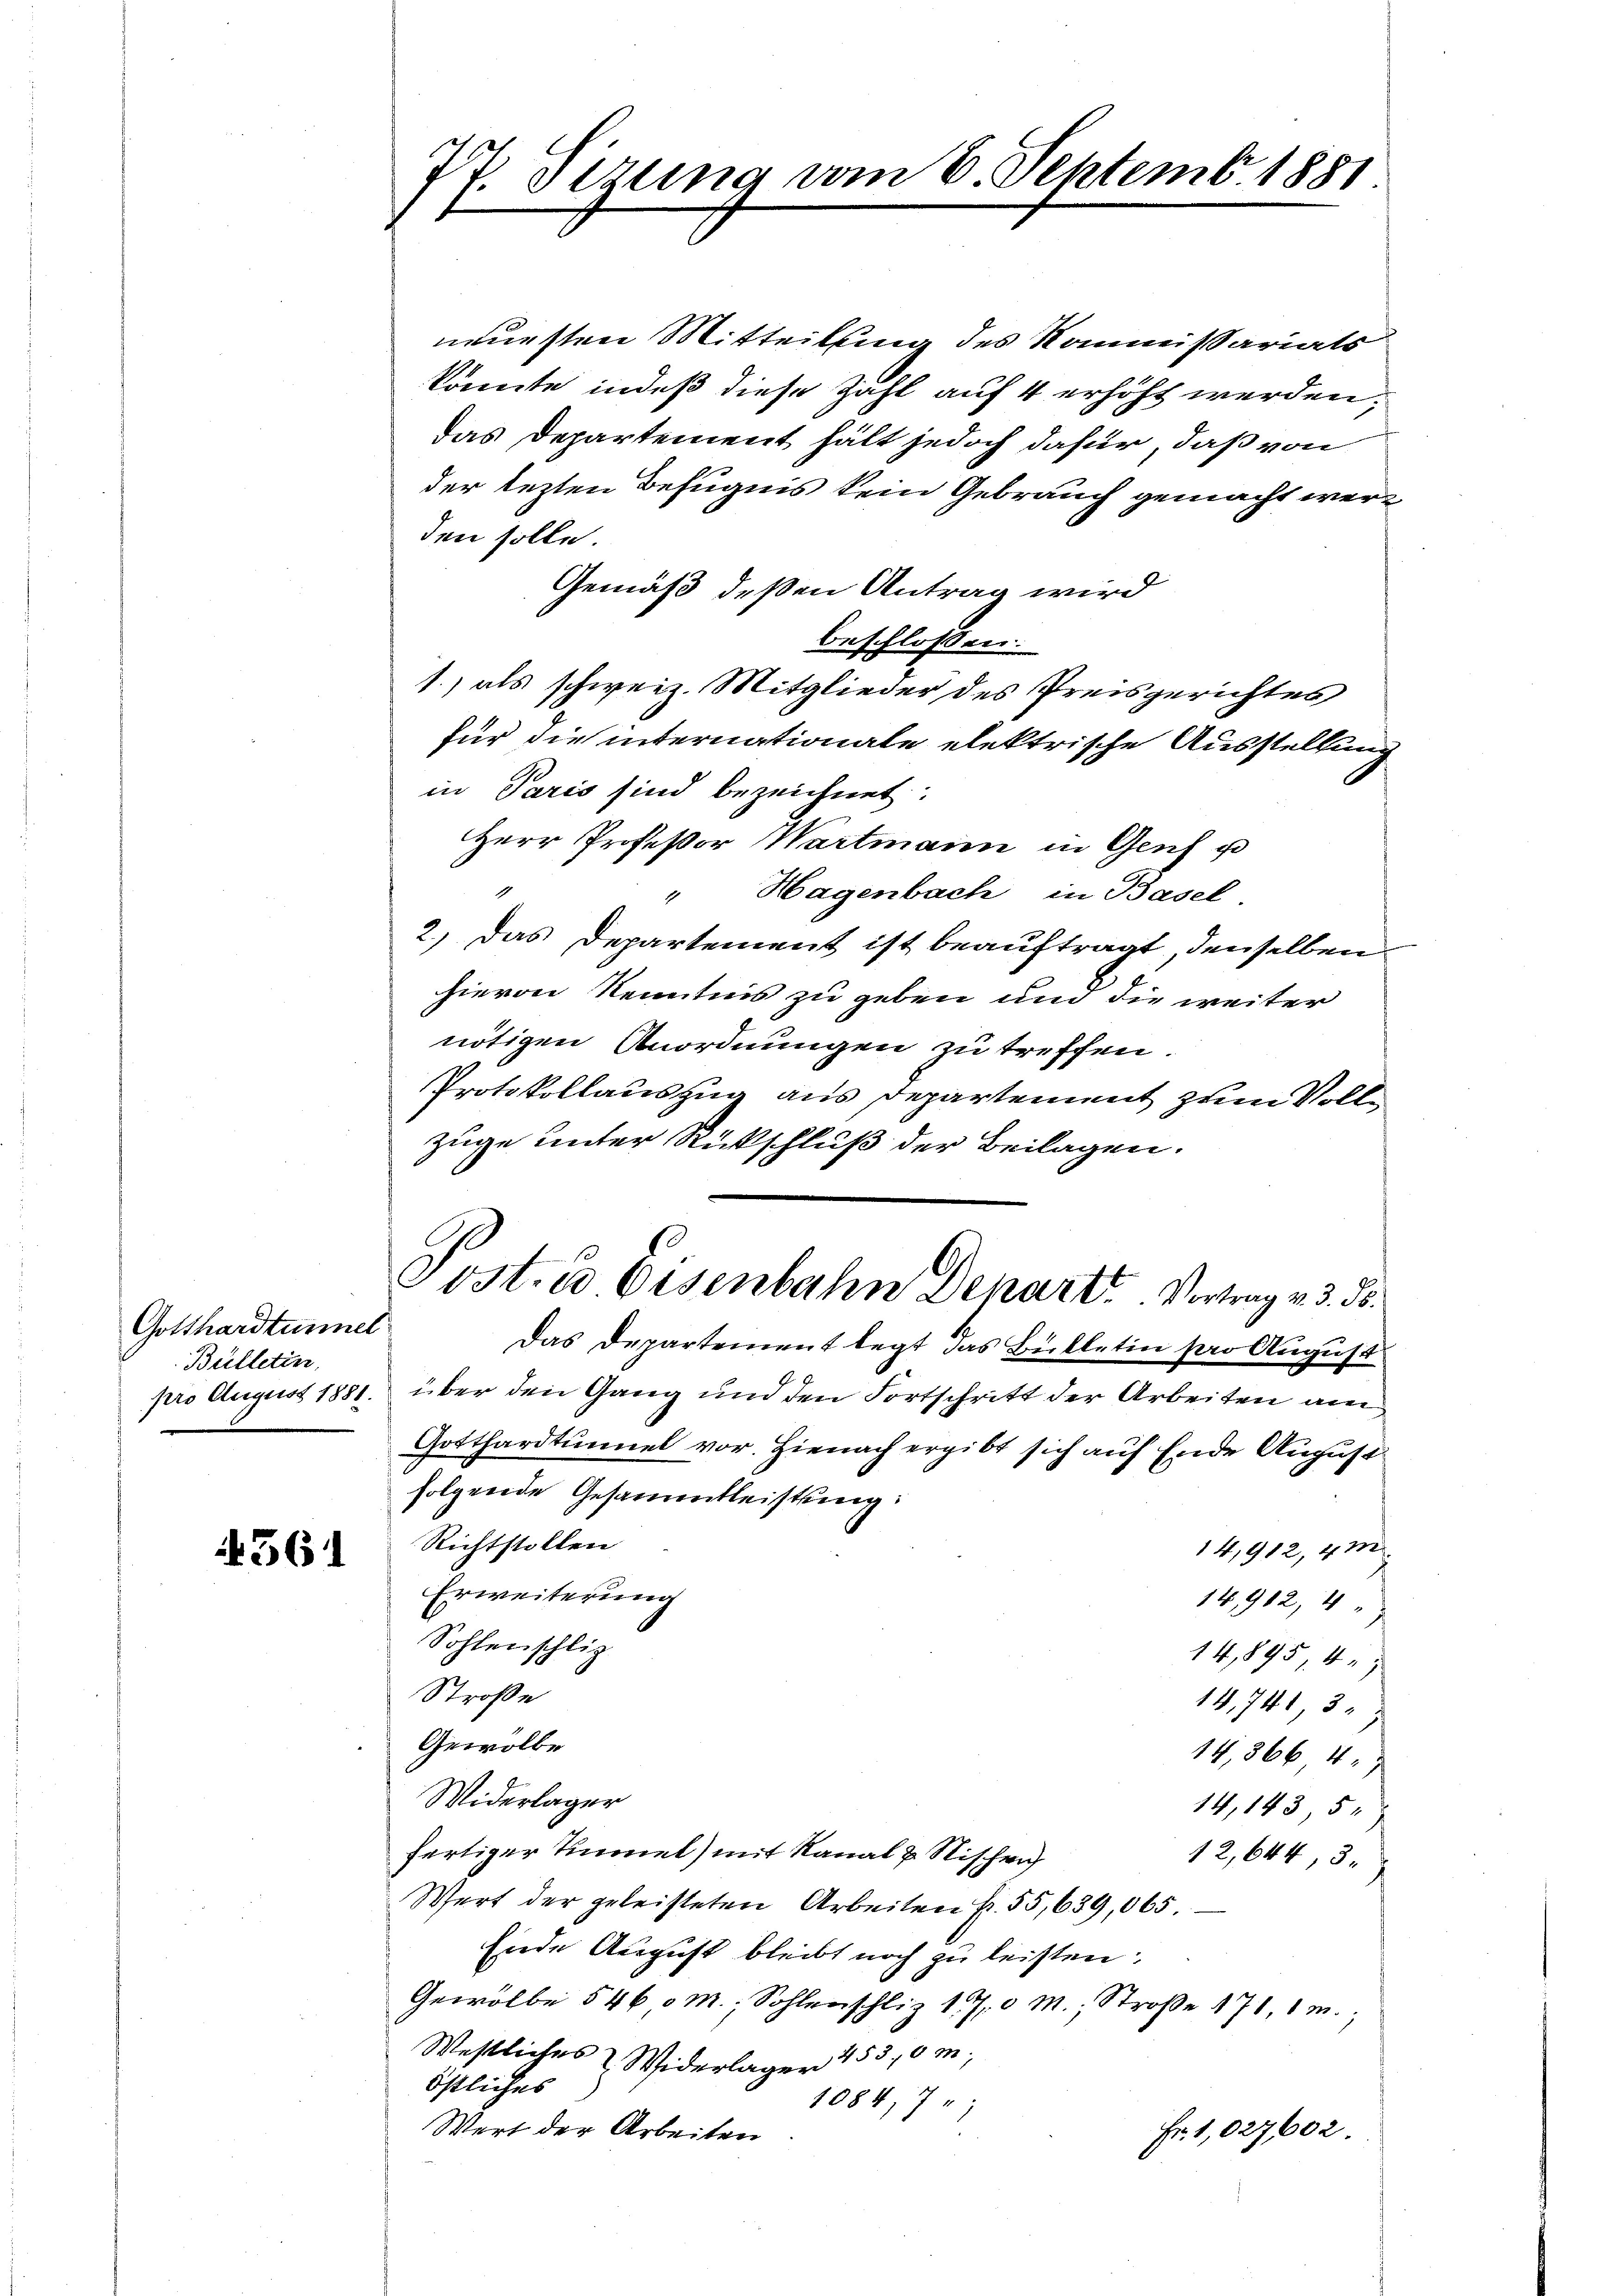
Gotthardtunnel
Bülletin

4561

neuesten Mitteilung des Kommissariats
könnte, indeß diese Zahl auf 4 erhöht werden;
das Departement hält jedoch dafür, daß von
der lezten Befugnis kein Gebrauch gemacht werden solle.
Gemäß deßen Antrag wird
beschlossen:
1.) als schweiz. Mitglieder des Preisgerichtes
für die internationale elektrische Ausstellung
in Paris sind bezeichnet:
Herr Professor Wartmann in Genf p
" Hagenbach in Basel.
2.) Das Departement ist beauftragt, denselben
hievon Kenntnis zu geben und die weiter
nötigen Anordnungen zu treffen.
Protokollauszug aus Departement zum Vollzüge unter Rückschluß der Beilagen.
Post. d Eisenbahn Denart. Vortrag v. 3. 35.
Das Departement legt das Bekletin pro August
pro August 1881. über den Gang und den Fortschritt der Arbeiten am
Gotthardtunnel vor. Hienach ergibt sich auf Ende August
folgende Gesammtleistung:
Richtstollen
14,912, 412
Erweiterung
14,912, 4
Sohlenschliz
14,895, 427
Straße
14,741 35 x
Gewölbe
14,8664. 7
Widerlager
14,143, 52)
fertiger Zimmel) mit Kanal u Nischen
12,644, 3
Wert der geleisteten Arbeiten p. 55,639,065.
Ende August bleibt noch zu leisten:
Gewölbe 546, M., Sohlenschliz 170 M.; Straße 171, 1 m.,
Westliches & Widerlager 453,0m;
östliches
1084,7
Wert der Arbeiten
Fr. 1,027602.

77. Sizung vom 6. Septemb. 1881.